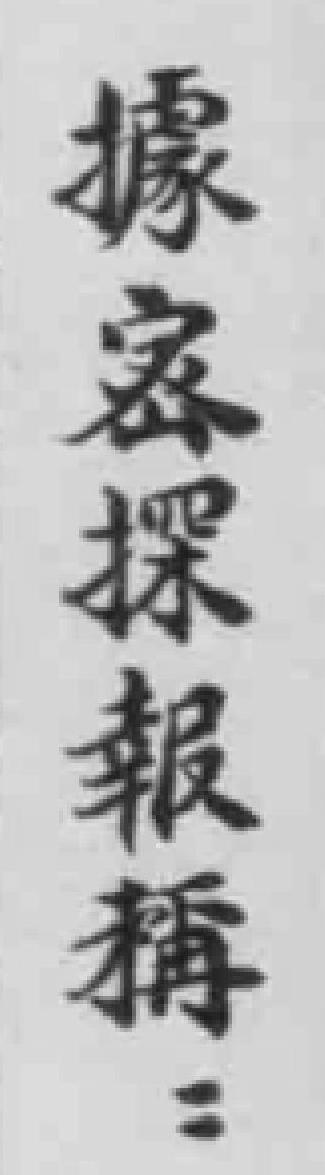
據密探報稱：